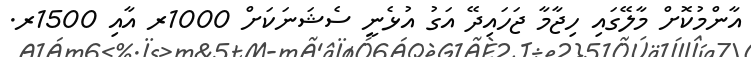
އާންމުކޮށް މާލޭގައި ހިޖާމާ ޖަހައިދޭ އަގު އުޅެނީ ސެޝަނަކަށް 1000ރ އާއި 1500ރ.